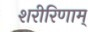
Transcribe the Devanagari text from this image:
शरीरिणाम्